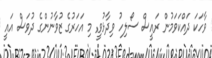
ވާހަކަ ދައްކަވަމުން ރައީސް ސޯލިހު ވިދާޅުވީ